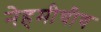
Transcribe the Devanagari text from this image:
नेहमीचीच